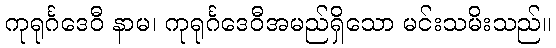
ကုရုင်္ဂဒေဝီ နာမ၊ ကုရုင်္ဂဒေဝီအမည်ရှိသော မင်းသမိးသည်။